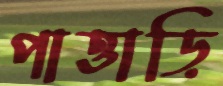
পাত্তাড়ি